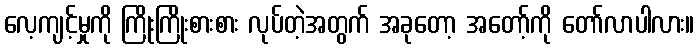
လေ့ကျင့်မှုကို ကြိုးကြိုးစားစား လုပ်တဲ့အတွက် အခုတော့ အတော့်ကို တော်လာပါလား။